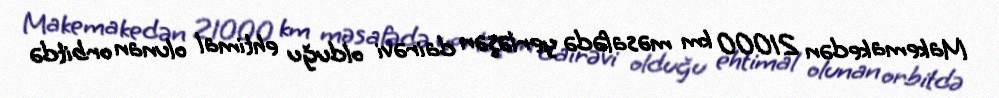
Makemakedən 21000 km məsafədə yerləşən dairəvi olduğu ehtimal olunan orbitdə